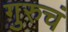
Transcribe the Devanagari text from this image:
गुरुचं